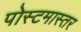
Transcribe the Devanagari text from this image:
पोस्टमास्तर